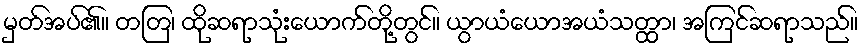
မှတ်အပ်၏။ တတြ၊ ထိုဆရာသုံးယောက်တို့တွင်။ ယွာယံယောအယံသတ္ထာ၊ အကြင်ဆရာသည်။